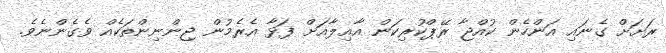
ރަށަށް ގެނައި އަންހެން ކުއްޖާ ރޭޕްކުރިކަން އާއިލާއަށް ފަޅާ އެރެމުން ޖިންނިންތަކެއް ވެގެންނެވެ.